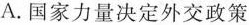
A.国家力量决定外交政策